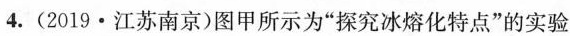
4.(2019·江苏南京)图甲所示为”探究冰熔化特点”的实验